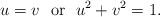
LaTeX: \begin{align*}u=v\ \ \textrm{or}\ \ u^2+v^2=1.\end{align*}